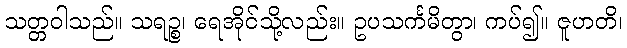
သတ္တဝါသည်။ သရဉ္စ၊ ရေအိုင်သို့လည်း။ ဥပသင်္ကမိတွာ၊ ကပ်၍။ ဇူဟတိ၊